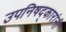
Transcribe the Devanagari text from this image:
उपनिषद्‌कारांनी